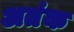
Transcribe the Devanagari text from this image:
अतंक